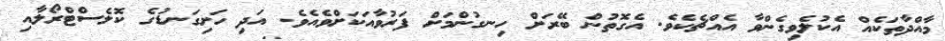
މާއްދާތަކެއް އެކުލެވިގެންވާ އެއްޗެކެވެ. އެގޮތުން ބޭރަށް ހިނގުންމަށް ފަރުވާއަކަށްވެއެވެ. އަދި ހަށިގަނޑުގެ ކޮލެސްޓްރޯލާއި